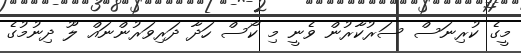
މީގެ ކުރިނަސް ސަރުކާރުން ވެނީ މި ކޯސް ހަދާ ދަރިވަރުންނައް ލޫ ދިނުމުގެ